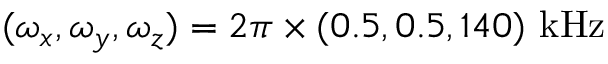
( \omega _ { x } , \omega _ { y } , \omega _ { z } ) = 2 \pi \times ( 0 . 5 , 0 . 5 , 1 4 0 ) ~ \mathrm { { k H z } }